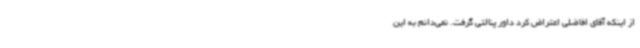
از اینکه آقای افاضلی اعتراض کرد داور پنالتی گرفت. نمی‌دانم به این